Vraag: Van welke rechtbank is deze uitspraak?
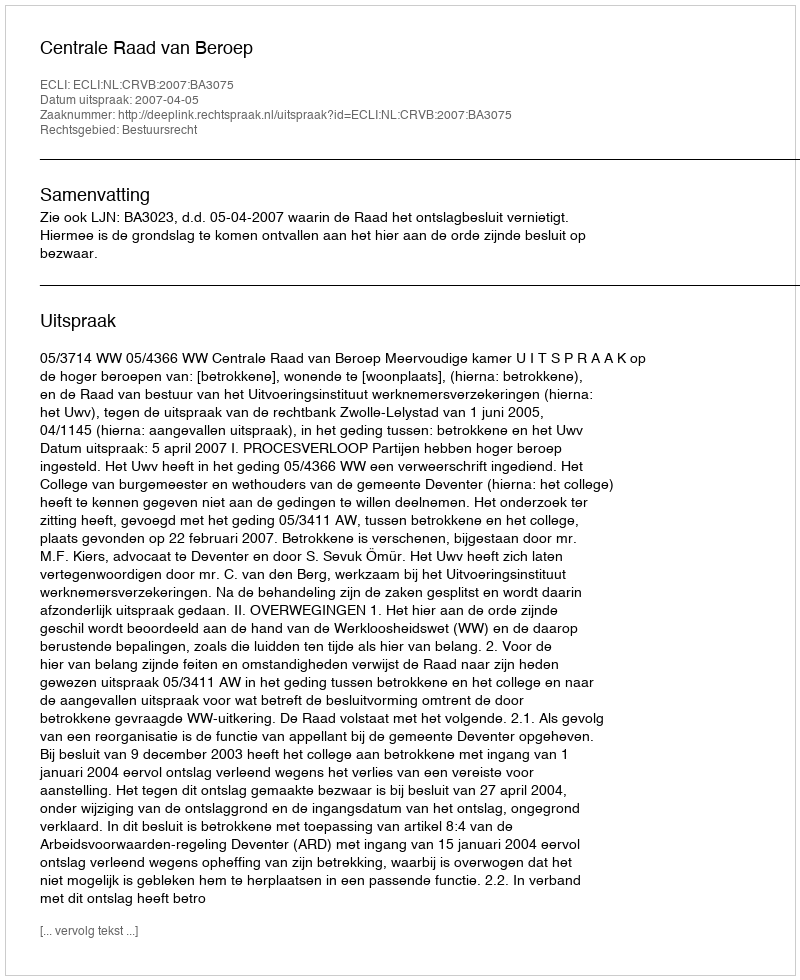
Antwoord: Centrale Raad van Beroep